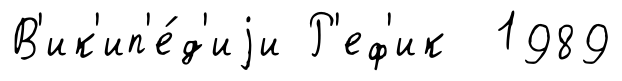
В'ик'ип'е́д'иjи Р'еф'ик 1989